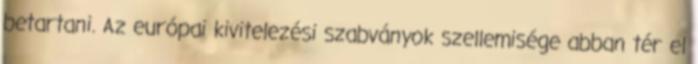
betartani. Az európai kivitelezési szabványok szellemisége abban tér el